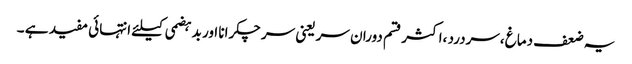
یہ ضعف دماغ ،سردرد ،اکثر قسم دوران سر یعنی سر چکرانا اور بدہضمی کیلئے انتہائی مفید ہے ۔